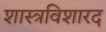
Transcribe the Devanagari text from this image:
शास्त्रविशारद